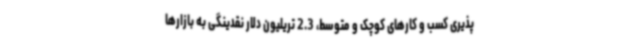
پذیری کسب و کارهای کوچک و متوسط، 2.3 تریلیون دلار نقدینگی به بازارها